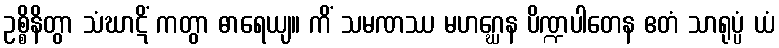
ဥစ္စိနိတွာ သံဃာဋိံ ကတွာ ဓာရေယျ။ ကိံ သမဏဿ မဟဂ္ဃေန ပိဏ္ဍပါတေန ဧတံ သာရုပ္ပံ ယံ